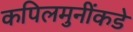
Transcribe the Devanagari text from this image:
कपिलमुनींकडे